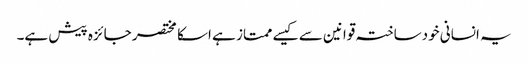
یہ انسانی خودساختہ قوانین سے کیسے ممتاز ہے اسکا مختصر جائزہ پیش ہے۔